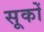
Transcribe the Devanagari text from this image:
सूकों